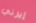
إيرني